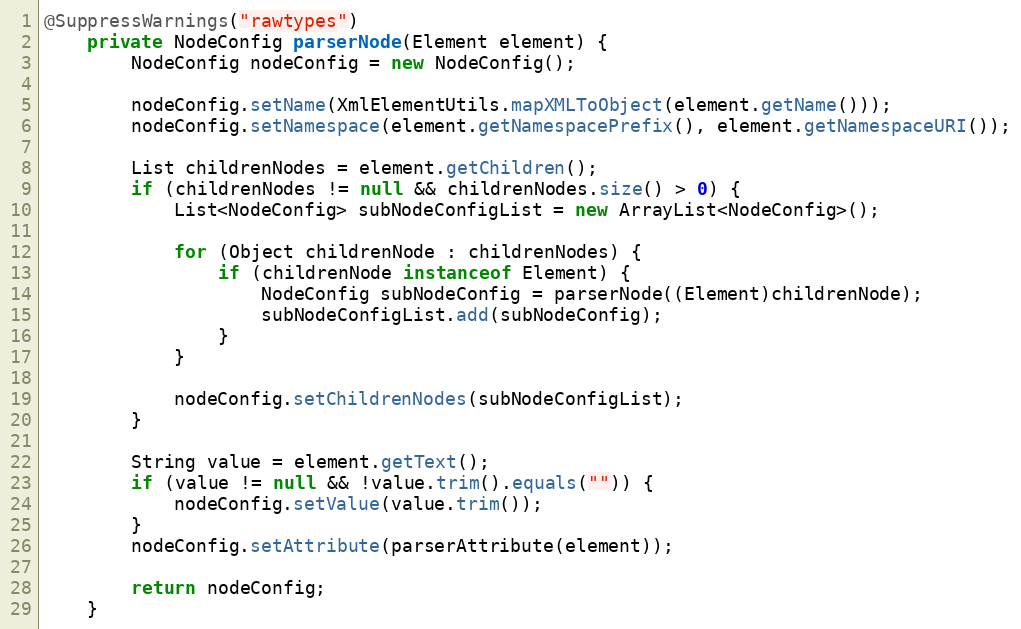
Language: Java
@SuppressWarnings("rawtypes")
	private NodeConfig parserNode(Element element) {
		NodeConfig nodeConfig = new NodeConfig();

		nodeConfig.setName(XmlElementUtils.mapXMLToObject(element.getName()));
		nodeConfig.setNamespace(element.getNamespacePrefix(), element.getNamespaceURI());

		List childrenNodes = element.getChildren();
		if (childrenNodes != null && childrenNodes.size() > 0) {
			List<NodeConfig> subNodeConfigList = new ArrayList<NodeConfig>();

			for (Object childrenNode : childrenNodes) {
				if (childrenNode instanceof Element) {
					NodeConfig subNodeConfig = parserNode((Element)childrenNode);
					subNodeConfigList.add(subNodeConfig);
				}
			}

			nodeConfig.setChildrenNodes(subNodeConfigList);
		}

		String value = element.getText();
		if (value != null && !value.trim().equals("")) {
			nodeConfig.setValue(value.trim());
		}
		nodeConfig.setAttribute(parserAttribute(element));

		return nodeConfig;
	}